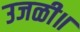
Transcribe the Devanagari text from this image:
उजळी॥